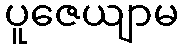
ပူဇေယျာမ